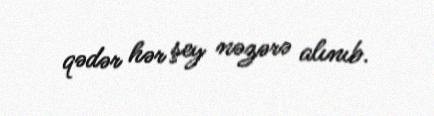
qədər hər şey nəzərə alınıb.